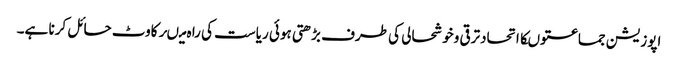
اپوزیشن جماعتوںکااتحادترقی وخوشحالی کی طرف بڑھتی ہوئی ریاست کی را ہ میںرکاوٹ حائل کرنا ہے۔